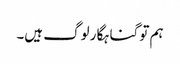
ہم تو گناہگار لوگ ہیں۔